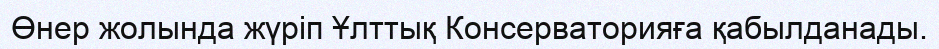
Өнер жолында жүріп Ұлттық Консерваторияға қабылданады.